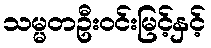
သမ္မတဦးဝင်းမြင့်နှင့်